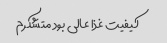
کیفیت غذا عالی بود متشکرم